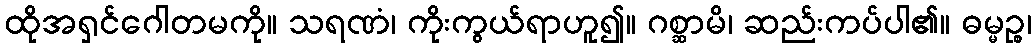
ထိုအရှင်ဂေါတမကို။ သရဏံ၊ ကိုးကွယ်ရာဟူ၍။ ဂစ္ဆာမိ၊ ဆည်းကပ်ပါ၏။ ဓမ္မဉ္စ၊